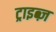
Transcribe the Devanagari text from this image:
ट्राइब्ज़